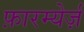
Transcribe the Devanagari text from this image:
फ़ारम्येर्ज़